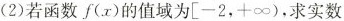
(2)若函数f(x)的值域为\left [-2，+\infty )，求实数